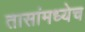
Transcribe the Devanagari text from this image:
तासांमध्येच